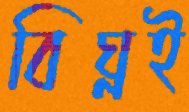
বিঘ্নই